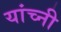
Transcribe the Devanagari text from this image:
यांच्नी